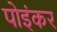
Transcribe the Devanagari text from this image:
पोइंकर